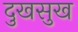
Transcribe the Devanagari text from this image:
दुखसुख